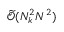
\widetilde { \mathcal { O } } ( N _ { k } ^ { 2 } N ^ { 2 } )